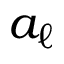
a _ { \ell }